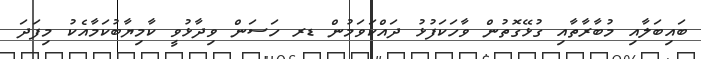
ބައިބަލާއި މުބާރާތާއި ގުޅޭގޮތުން ވާހަކަފުޅު ދައްކަވަމުން ޑރ ހަސަން ވިދާޅުވީ ކާމިޔާބުކަމާއެކު މިފަދަ